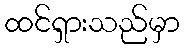
ထင်ရှားသည်မှာ